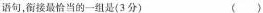
语句，衔接最恰当的一组是(3分) ()